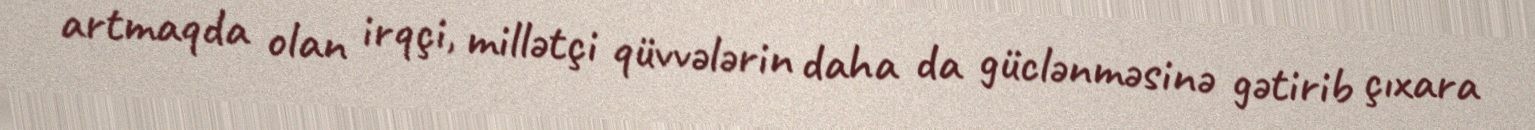
artmaqda olan irqçi, millətçi qüvvələrin daha da güclənməsinə gətirib çıxara